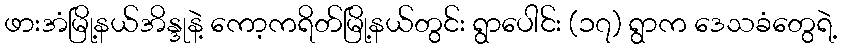
ဖားအံမြို့နယ်အိန္ဒုနဲ့ ကော့ကရိတ်မြို့နယ်တွင်း ရွာပေါင်း (၁၇) ရွာက ဒေသခံတွေရဲ့